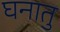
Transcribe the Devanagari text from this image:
घनातु